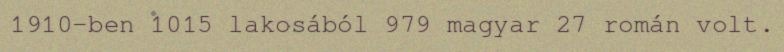
1910-ben 1015 lakosából 979 magyar 27 román volt.